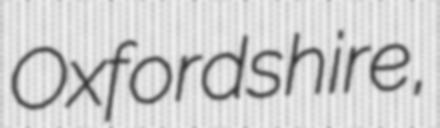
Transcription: Oxfordshire,